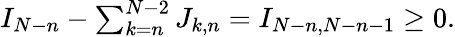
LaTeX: \begin{array}{r}{I_{N-n}-\sum_{k=n}^{N-2}J_{k,n}=I_{N-n,N-n-1}\geq 0.}\end{array}